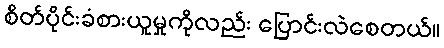
စိတ်ပိုင်းခံစားယူမှုကိုလည်း ပြောင်းလဲစေတယ်။